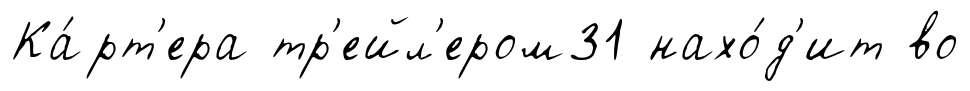
Ка́рт'ера тр'ейл'ером31 нахо́д'ит во